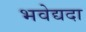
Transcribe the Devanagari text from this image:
भवेद्यदा